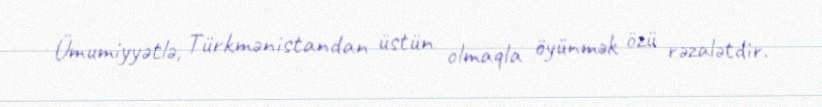
Ümumiyyətlə, Türkmənistandan üstün olmaqla öyünmək özü rəzalətdir.